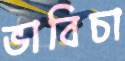
ভাবিচা